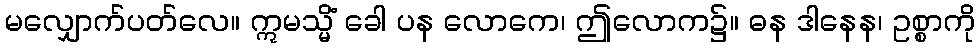
မလျှောက်ပတ်လေ။ ဣမသ္မိံ ခေါ ပန လောကေ၊ ဤလောက၌။ ဓန ဒါနေန၊ ဥစ္စာကို